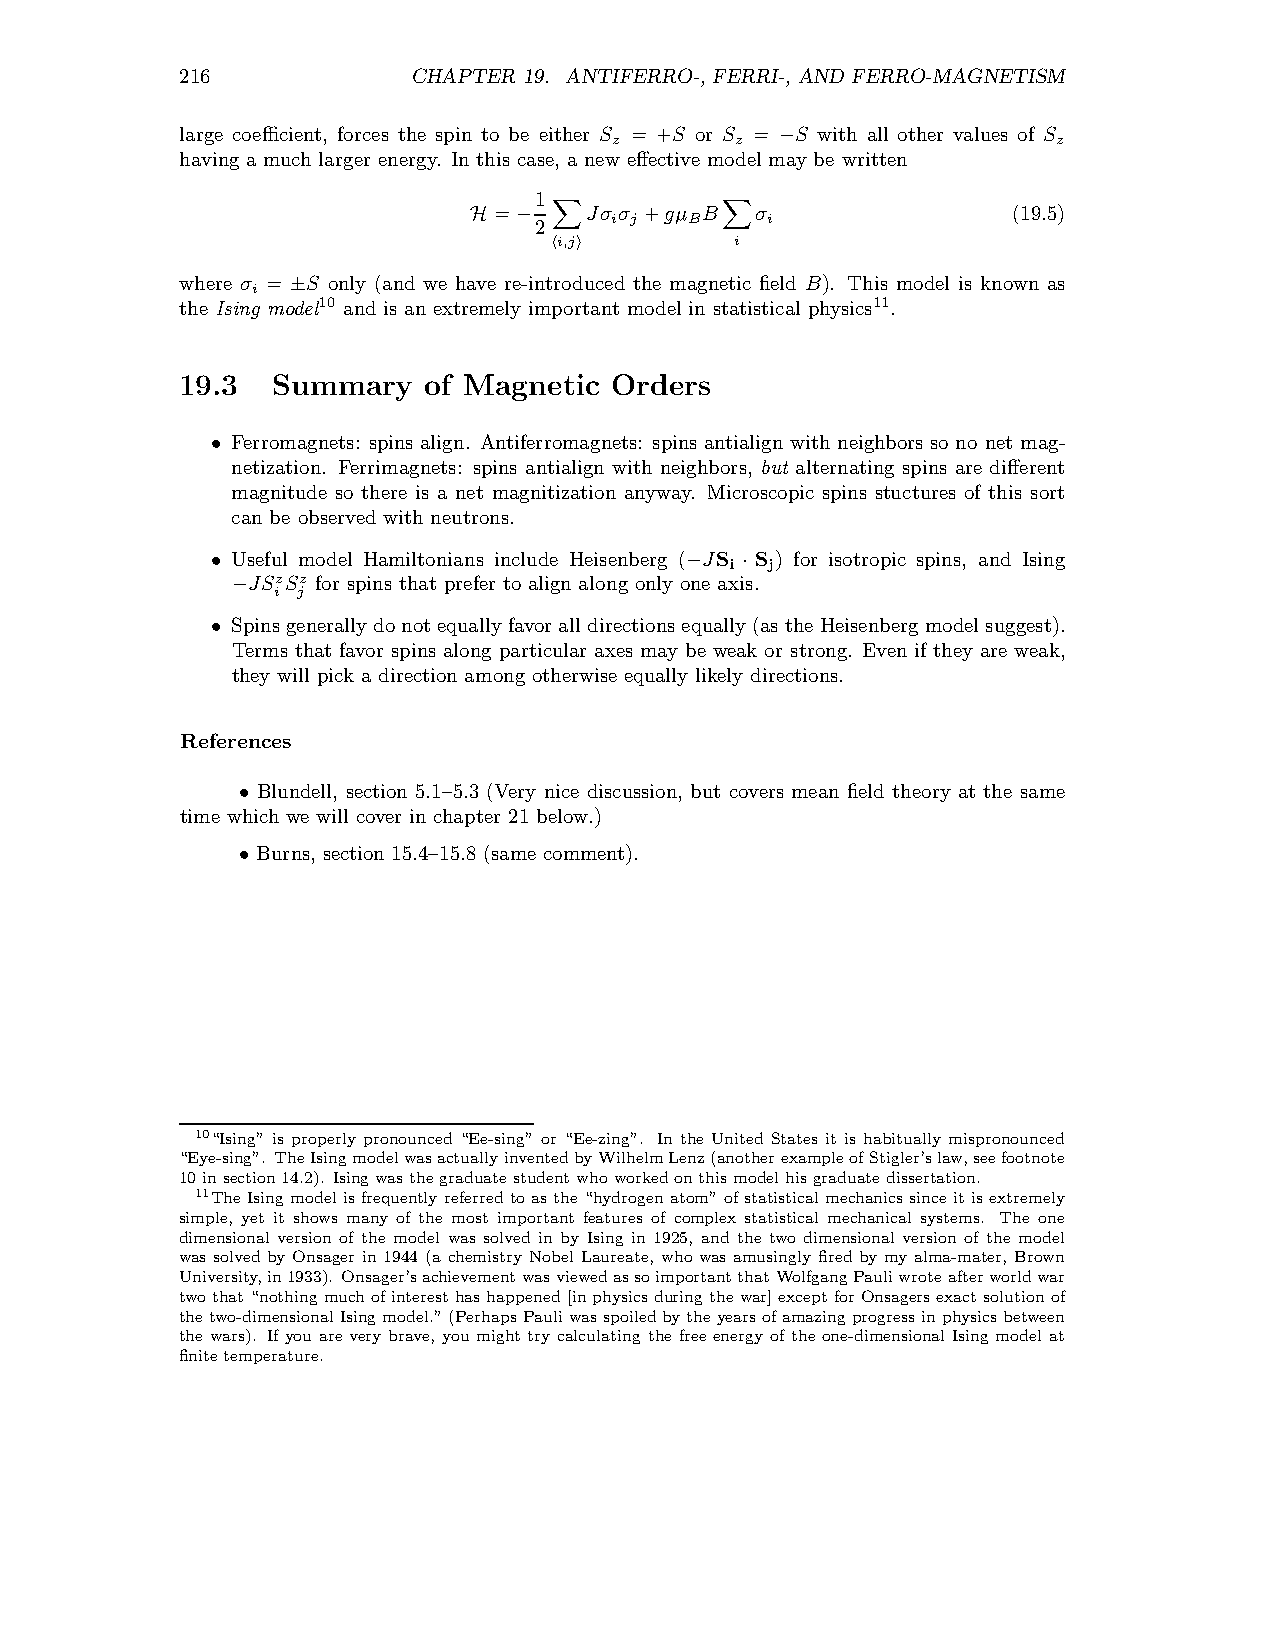
216            CHAPTER 19. ANTIFERRO-, FERRI-, AND FERRO-MAGNETISM
 large coefficient, forces the spin to be either S = +S or S = S with all other values of S
 z       z                    z
 −
 having a much larger energy. In this case, a new effective model may be written
 1
 =     Jσ σ +gµ B σ                (19.5)
 i j   B    i
 H  −2
 hXi,ji      Xi
 where σ = S only (and we have re-introduced the magnetic field B). This model is known as
 i
 ±
 the Ising model10 and is an extremely important model in statistical physics11.
 19.3  Summary   of Magnetic Orders
 Ferromagnets: spins align. Antiferromagnets: spins antialign with neighbors so no net mag-
 •
 netization. Ferrimagnets: spins antialign with neighbors, but alternating spins are different
 magnitude so there is a net magnitization anyway. Microscopic spins stuctures of this sort
 can be observed with neutrons.
 Useful model Hamiltonians include Heisenberg ( JS S ) for isotropic spins, and Ising
 i  j
 •                              −   ·
 JSzSz for spins that prefer to align along only one axis.
 −  i j
 Spinsgenerallydonotequallyfavoralldirectionsequally(asthe Heisenbergmodelsuggest).
 •
 Terms that favor spins along particular axes may be weak or strong. Even if they are weak,
 they will pick a direction among otherwise equally likely directions.
 References
 Blundell, section 5.1–5.3 (Very nice discussion, but covers mean field theory at the same
 •
 time which we will cover in chapter 21 below.)
 Burns, section 15.4–15.8(same comment).
 •
 10“Ising” is properly pronounced “Ee-sing” or “Ee-zing”. In the United States it is habitually mispronounced
 “Eye-sing”. TheIsingmodelwasactuallyinventedbyWilhelmLenz(anotherexampleofStigler’slaw,seefootnote
 10insection14.2). Isingwasthegraduatestudentwhoworkedonthismodelhisgraduatedissertation.
 11TheIsingmodel isfrequently referredtoas the “hydrogen atom” ofstatistical mechanics sinceitisextremely
 simple, yet it shows many of the most important features of complex statistical mechanical systems. The one
 dimensional version of the model was solved in by Ising in 1925, and the two dimensional version of the model
 was solved by Onsager in 1944 (a chemistry Nobel Laureate, who was amusingly fired by my alma-mater, Brown
 University,in1933). Onsager’sachievementwasviewedassoimportantthatWolfgangPauliwroteafterworldwar
 twothat“nothing muchofinteresthashappened [inphysics duringthewar]except forOnsagersexact solutionof
 thetwo-dimensionalIsingmodel.”(Perhaps Pauliwasspoiledbytheyearsofamazingprogressinphysicsbetween
 the wars). If you are very brave, you might try calculating the free energy of the one-dimensional Ising model at
 finitetemperature.